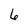
Character: 6